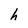
Character: h